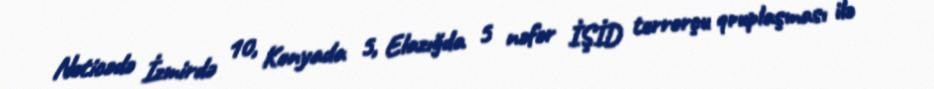
Nəticədə İzmirdə 10, Konyada 5, Elazığda 5 nəfər İŞİD terrorçu qruplaşması ilə